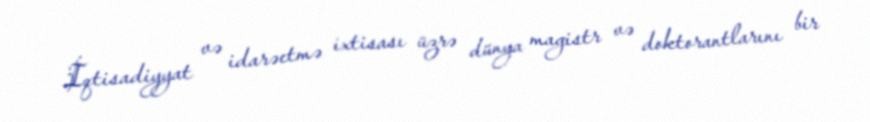
İqtisadiyyat və idarəetmə ixtisası üzrə dünya magistr və doktorantlarını bir